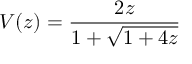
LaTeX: V ( z ) = { \frac { 2 z } { 1 + { \sqrt { 1 + 4 z } } } }